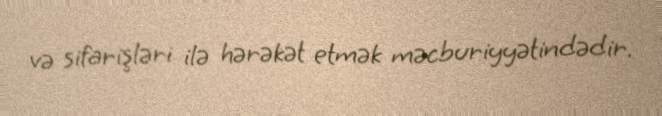
və sifarişləri ilə hərəkət etmək məcburiyyətindədir.